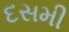
દસમી